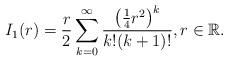
LaTeX: \begin{align*}I_{1}(r)=\frac{r}{2}\sum_{k=0}^{\infty}\frac{\left(\frac{1}{4}r^{2}\right)^{k}}{k!(k+1)!},r\in\mathbb{R}.\end{align*}